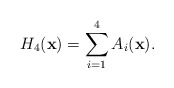
\begin{align*} H_4(\mathbf{x}) = \sum_{i = 1}^4 A_i(\mathbf{x}). \end{align*}